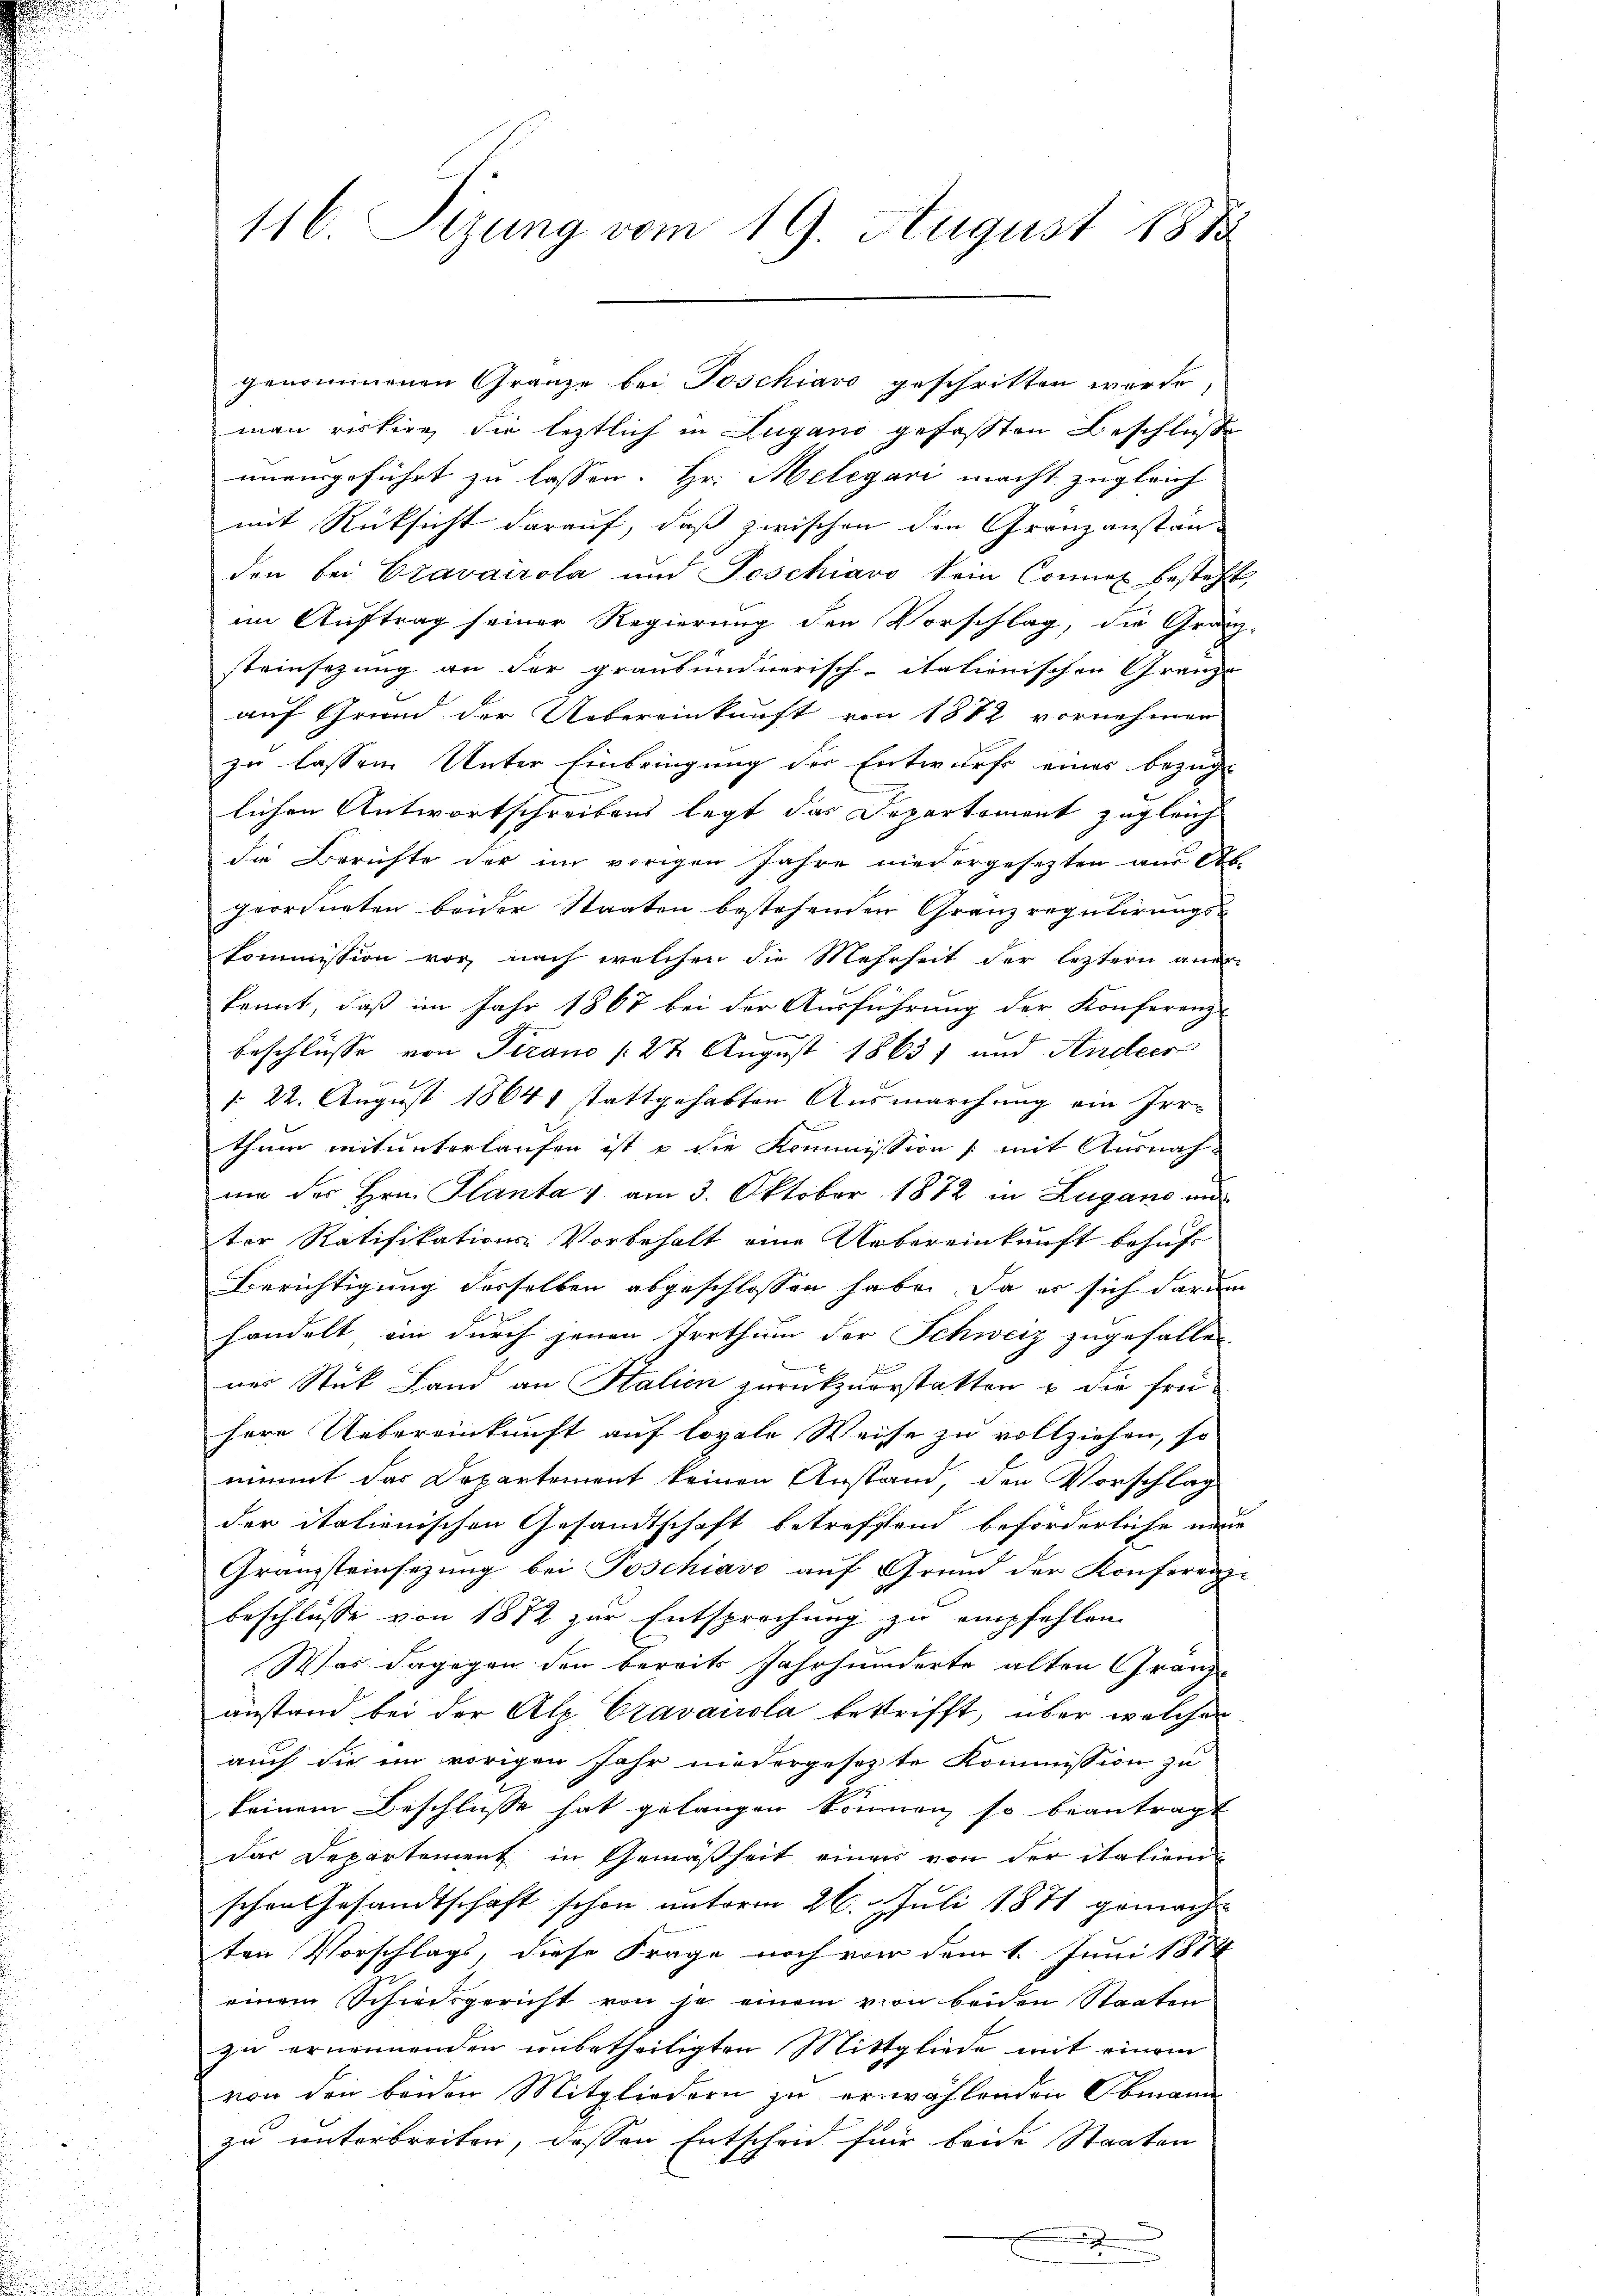
116 Sizung vom 19. August 1883

man riskire die leztlich in Lugano gefassten Beschluße
unausgeführt zu lassen. Hr. Melegari macht zugleich
mit Rücksicht darauf, daß zwischen den Granzanstän
den bei Eravairola und Poschiavo kein Connet besteht,
im Auftrag seiner Regierung den Vorschlag, die Gra
steinsezung an der graubündnerisch-itationischen Gränze
auf Grund der Uebereinkunft von 1882 vornehmen
zu lassen Unter Einbringung der Entwurf eines bezüg-
lichen Antwortschreibens legt das Departement zugleich
die Berichte der im vorigen Jahre niedergesezten aus Ab-
geordneten beider Staaten bestehenden Granz regulirungskommission vor, nach welchen die Mehrheit der letztern aner-
kannt, daß im Jahr 1867 bei der Ausführung der Konferenz
e
beschlüsse von Tirano /22 August 1863, und Ander
§ 22. August 18641 stattgehabten Ausmarchung ein Irr-
thum mitunterlaufen ist u die Kommission (mit Ausnah-
um der Hrn. Planta, am 3. Oktober 1872 in Zugano un
ter Ratifikations Vorbehalt eine Uebereinkunft behuf
Berichtigung desselben abgeschlossen habe, da es sich darum
handelt, ein durch jenen Irrthum der Schweiz zugefallen
x
ner Stück Land an Halien zurückzuerstatten u die Frei-
here Uebereinkunft auf loyale Weise zu vollziehen, so
nimmt das Departement keinen Anstand, den Vorschlag
der italienischen Gesandtschaft betreffend beförderliche neue
Granzsteinsezung bei Poschiavo auf Grund der Konferenz-
beschlüsse von 1872 zur Entsprochung zu empfehlen.
Was dagegen den bereits Jahrhunderte alten Granz-
anstand bei der Alp Cravairola betrifft, über welcher
auch die im vorigen Jahr niedergesezte Kommission zu
keinem Beschlüsse hat gelangen können, so beantragt
Das Departement in Gemäßheit einer von der italienischen Gesandtschaft schon unterm 26. Juli 1871 gemacht
ten Vorschlags, diese Frage noch von dem 1. Juni 1874
einem Schiedsgericht von je einem von beiden Staaten
zu ernennenden unbetheiligten Mittgliede mit einem
von den beiden Mitgliedern zu erwählenden Obmann
zu unterbreiten, dessen Entscheid für beide Staaten
.

genommenen Gränze bei Toschiavo geschritten werde,

2